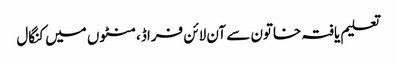
تعلیم یافتہ خاتون سے آن لائن فراڈ، منٹوں میں کنگال